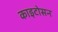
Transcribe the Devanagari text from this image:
काइटोसन